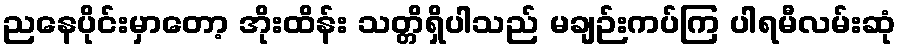
ညနေပိုင်းမှာတော့ အိုးထိန်း သတ္တိရှိပါသည် မချဉ်းကပ်ကြ ပါရမီလမ်းဆုံ